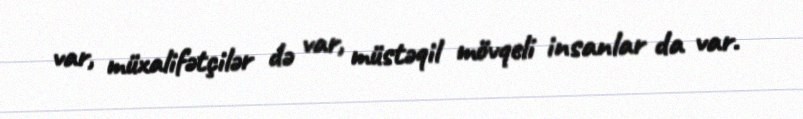
var, müxalifətçilər də var, müstəqil mövqeli insanlar da var.